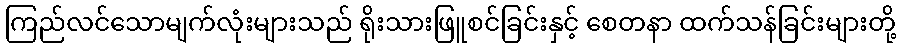
ကြည်လင်သောမျက်လုံးများသည် ရိုးသားဖြူစင်ခြင်းနှင့် စေတနာ ထက်သန်ခြင်းများတို့